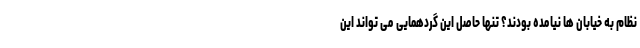
نظام به خیابان ها نیامده بودند؟ تنها حاصل این گردهمایی می تواند این